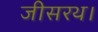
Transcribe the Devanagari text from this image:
जीसरथ।